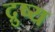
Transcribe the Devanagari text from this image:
द्रुष्य